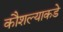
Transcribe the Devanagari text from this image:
कौशल्याकडे